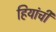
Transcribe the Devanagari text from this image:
हियांची